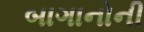
બાગાનોની